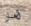
هو